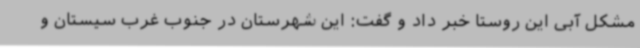
مشکل آبی این روستا خبر داد و گفت: این شهرستان در جنوب غرب سیستان و